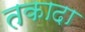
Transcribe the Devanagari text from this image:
तकादा